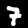
Label: 7